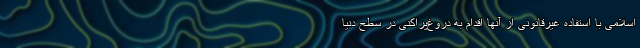
اسلامی با استفاده غیرقانونی از آنها اقدام به دروغ‌پراکنی در سطح دنیا